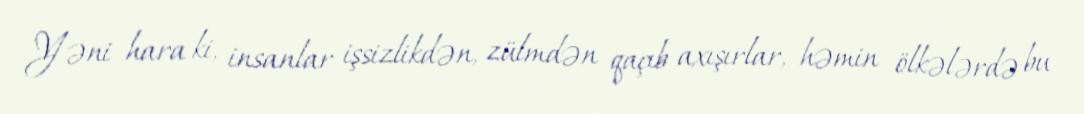
Yəni hara ki, insanlar işsizlikdən, zülmdən qaçıb axışırlar, həmin ölkələrdə bu